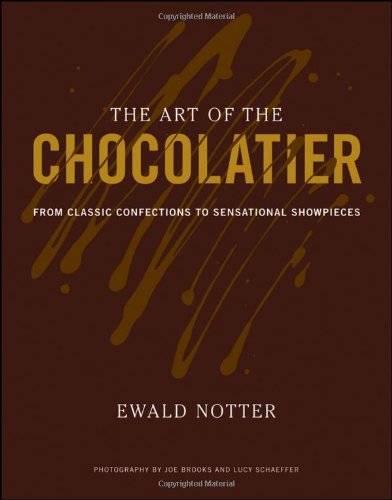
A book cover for The Art of the Chocolatier: From Classic Confections to Sensational Showpieces; Ewald Notter; Cookbooks, Food & Wine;